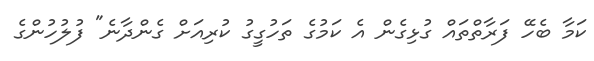
ކަމާ ބެހޭ ފަރާތްތައް ގުޅިގެން އެ ކަމުގެ ތަހުގީގު ކުރިއަށް ގެންދާނެ" ފުލުހުންގެ